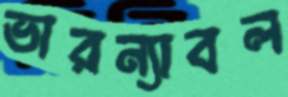
ভারন্যাবল